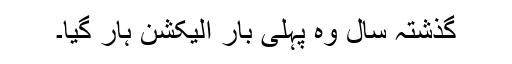
گذشتہ سال وہ پہلی بار الیکشن ہار گیا۔